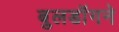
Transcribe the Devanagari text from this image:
बुलडॉगने